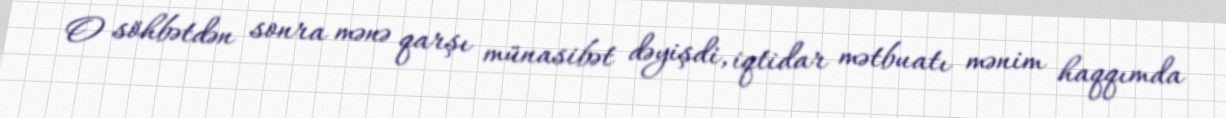
O söhbətdən sonra mənə qarşı münasibət dəyişdi, iqtidar mətbuatı mənim haqqımda